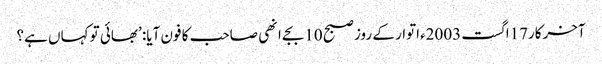
آخرکار17اگست 2003ءاتوار کے روز صبح 10بجے انھی صاحب کا فون آیا: ’بھائی تو کہاں ہے؟